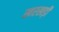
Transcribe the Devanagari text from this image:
खरखड़ी